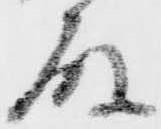
殿